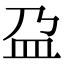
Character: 盁